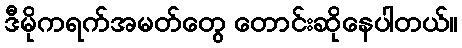
ဒီမိုကရက်အမတ်တွေ တောင်းဆိုနေပါတယ်။